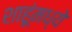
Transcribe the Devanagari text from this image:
शाहूंमध्ये